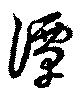
潭